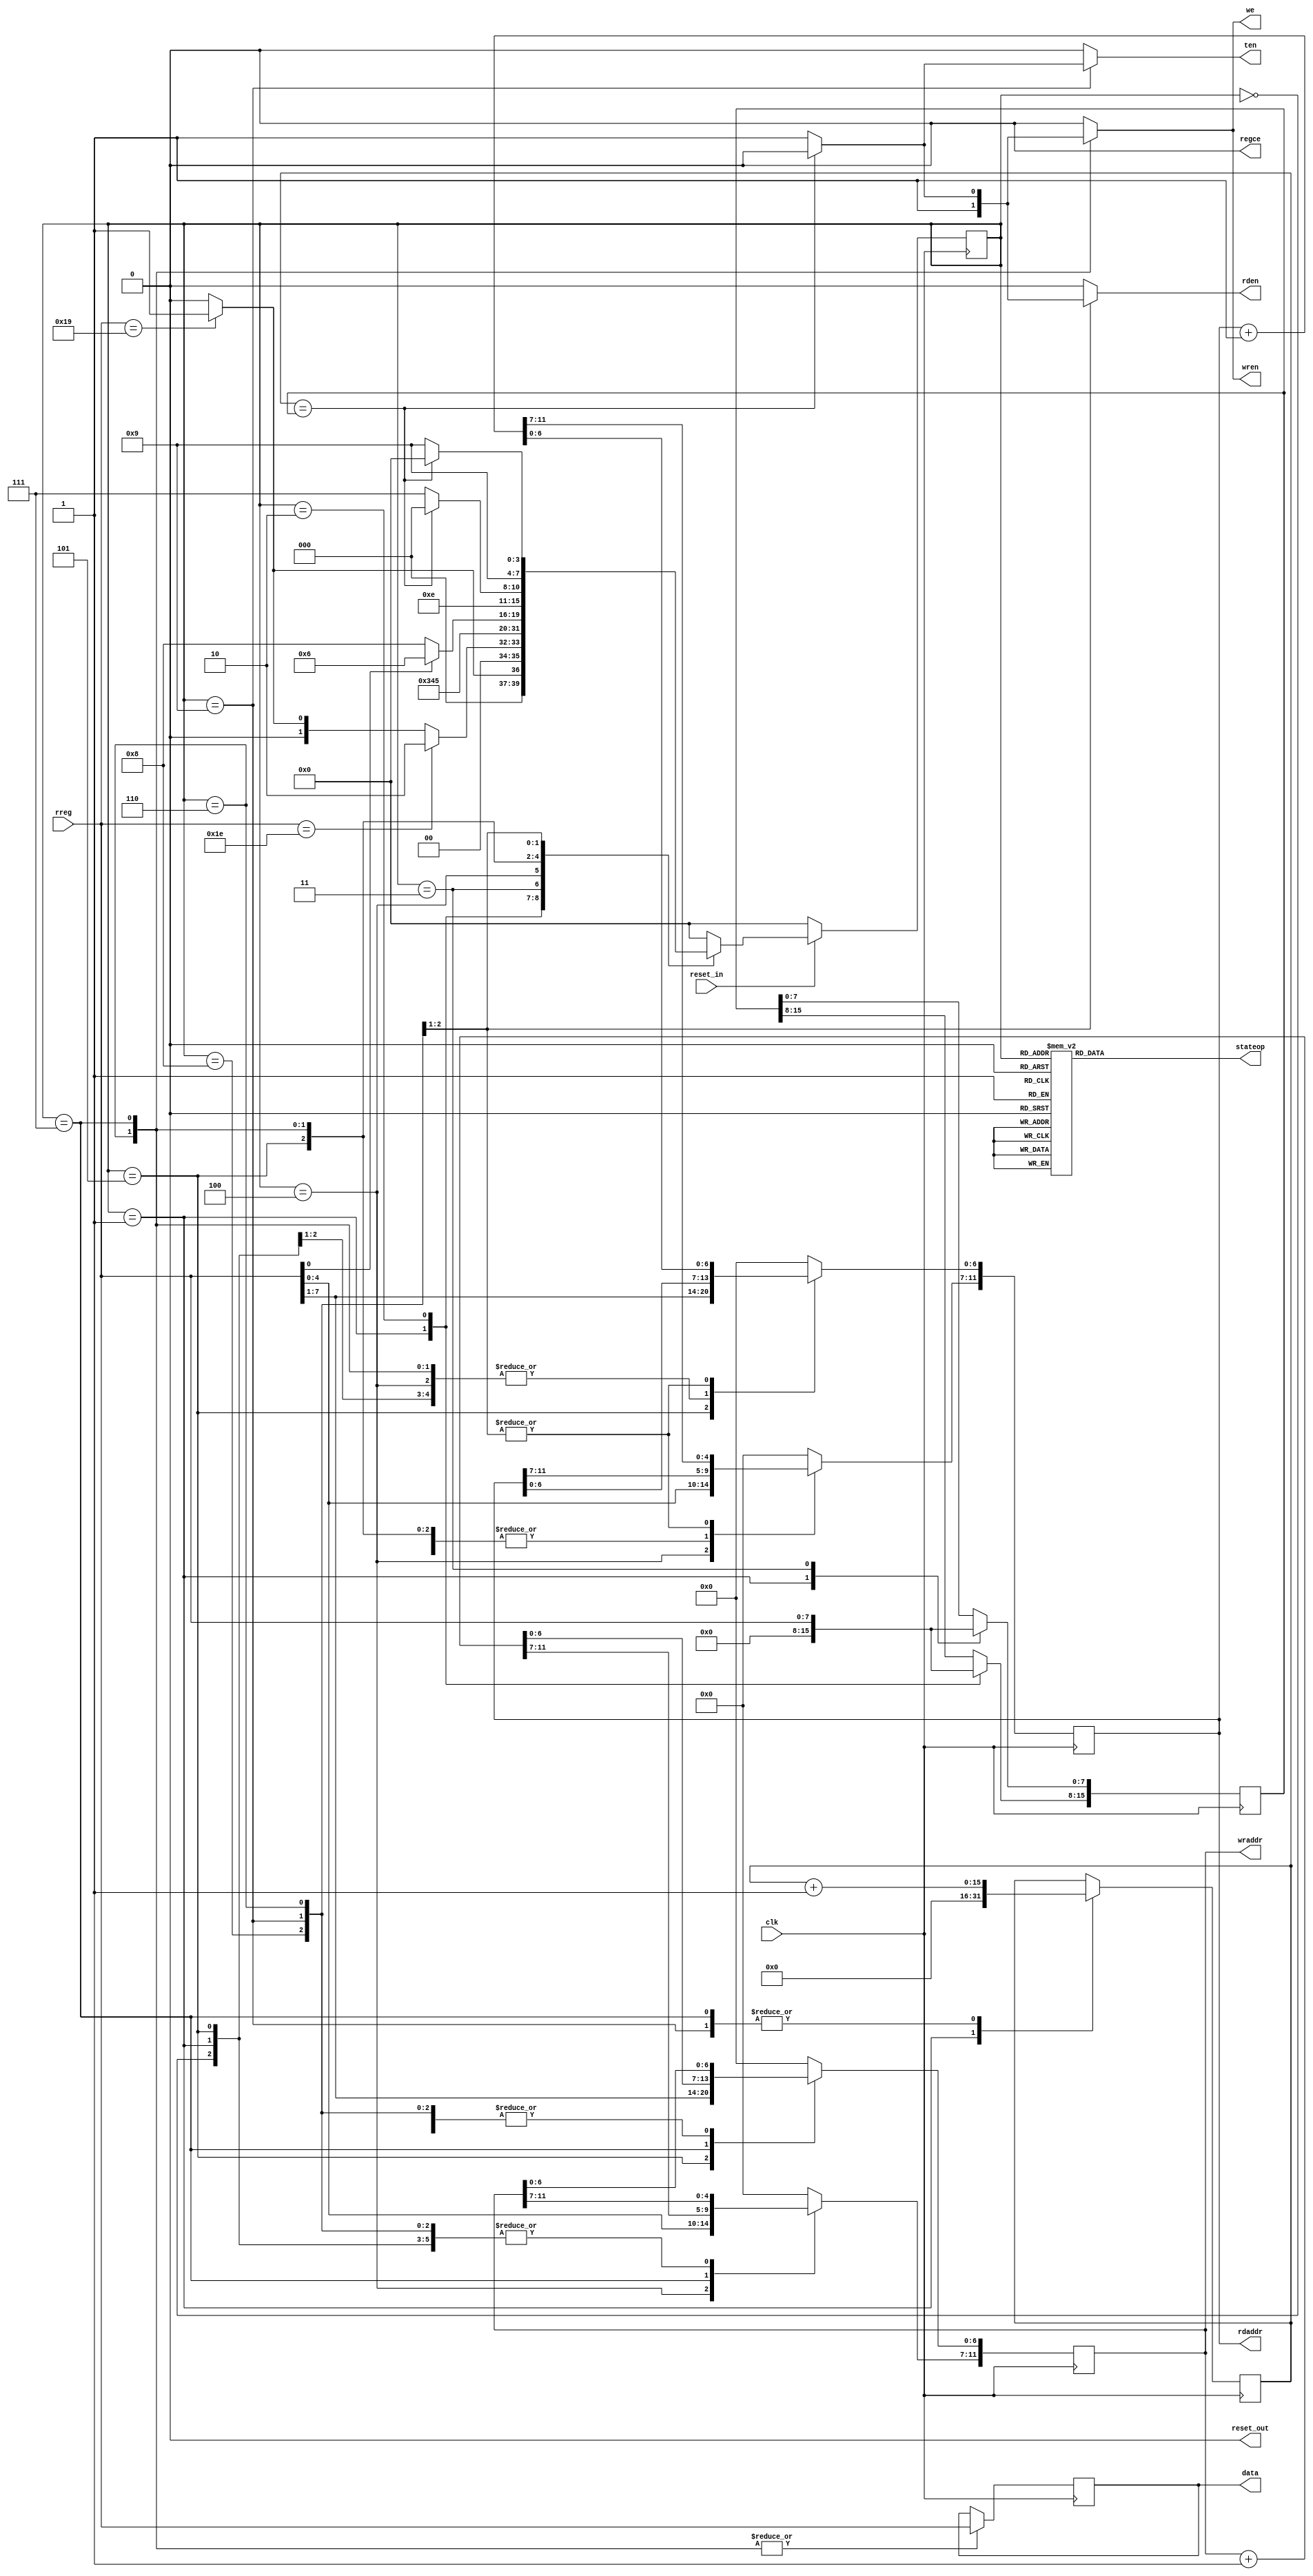
`timescale 1ns / 1ps


module FSM(
    input clk,
    input [7:0] rreg,
    output reg [11:0] rdaddr,
    output reg [11:0] wraddr,
    output reg [7:0] data,
    output reg we,wren,rden,regce,
    output reg reset_out,
    input reset_in,
    output reg [3:0] stateop,
    output reg ten
    );
    reg [3:0] next_state;
    reg [3:0] state;
    reg [15:0] count;
    reg [15:0] current_count;
    reg [7:0] temp_data;
    reg [11:0] address = 10'h00;
   
    parameter Start_Byte1 = 8'h19;
    parameter Start_Byte2 = 8'h1e;
    parameter Stop_Byte = 8'h1c;
   
    parameter st0 = 4'b0000;
    parameter st1 = 4'b0001;
    parameter st2 = 4'b0010;
    parameter st3 = 4'b0011;
    parameter st4 = 4'b0100;
    parameter st5 = 4'b0101;
    parameter st6 = 4'b0110;
    parameter st7 = 4'b0111;
    parameter st8 = 4'b1000; 
    parameter st9 = 4'b1001; 
    parameter st10 = 4'b1010;
    parameter st11 = 4'b1011;
    parameter st12 = 4'b1100;
        
    initial
    begin
       state <= 4'b0000;
       next_state <= 4'b0000;
        reset_out <= 1'b0;
        regce <= 1'b0;
        rdaddr <= 8'h01;
        data<=8'h0;
        temp_data<=0;
        wraddr <= 0;
       // en = 1'b1;
    end
   
    always @(negedge clk)   //always loop to change state
    begin
        if(!reset_in)
        state = st0;
        else
        state = next_state;
     end
     
     always @ (state)   //always loop to compute output
     begin 
     //state<=st0;
     case(state)
        st0: begin
                stateop <= 4'hf; 
               
        end
        st1: begin
                stateop <= 4'h1;   
               
              end
        st2: begin
                stateop <= 4'h2;
                
             end
        st3: begin
                stateop<= 4'h3;
               
            end
        st4:begin
                stateop <= 4'h4;
               
            end
        st5:begin
             
                stateop <= 4'h5; 
          
                
             end
        st6:begin
                stateop <= 4'h6;
              
                
            end
        
        st7:begin 
                stateop<= 4'h7;
                
         end
         
         st8: begin
         stateop<=4'h8;
         end
         st9: begin
         stateop<=4'h9;
         end
         st10: begin
         stateop<=4'hA;
         end
         st11:begin
         stateop<=4'hb;
         end
         st12: begin
         stateop <= 4'hc;
         end
        default:begin
                //rdaddr<=8'h01;
               // we<=0;
                //wren<=0;
               
                stateop<=0;
               // rden <= 1;
               // wraddr <= 0;
               // data = 0;
            end

      endcase
end

   
   
   
    always @ (state or rreg or current_count or count)   //always loop to compute next state
     begin
     next_state <= st0;
     case(state)
         st0:
         begin
            if(rreg == Start_Byte1)
            begin
                next_state  <= st1;
                rden<=0;
                ten<=0;
                we<=0;
                wren<=0;
              //  wraddr<=0;
            end
            else
            begin
                next_state  <= st0;
                rden<=0;
                ten<=0;
                we<=0;
                wren<=0;
                //wraddr<=0;
            end
         end
         
         st1:
         begin
            if(rreg == Start_Byte2)
            begin
            
                 next_state  <= st2;
                 rden<=0;
                 ten<=0;
                 we<=0;
                 wren<=0;
                //wraddr<=0;
            end     
            else if(rreg == Start_Byte1)
            begin
                 next_state  <= st1;
                 rden<=0;
                 ten<=0;
                 we<=0;
                 wren<=0;
               //  wraddr<=0;
            end
            else 
            begin
                 next_state <= st0;
                 rden<=0;
                 ten<=0;
                 we<=0;
                 wren<=0;
             end
          end
          
           st2:begin 
             next_state<=st3;
             rden<=0;
             ten<=0;
             we<=0;
             wren<=0;
           end  
           
           st3:begin
             next_state<=st4;
             rden<=0;
             ten<=0;
             we<=0;
             wren<=0;
           end  
          st4:                   
          begin 
                  next_state <= st5;
                  rden<=0;
                  ten<=0;
                  we<=0;
                  wren<=0;
          end

         st5:
         begin
            if(rreg[0] == 1)
            begin
                next_state <= st6;//wraddr<=1;
                rden<=0;
                ten<=0;
                we<=0;
                wren<=0;
            end
          else if  (rreg[0] == 0)
          begin
            next_state <= st8;
            rden<=0;
            ten<=0;
            we<=0;
            wren<=0;
          end
          else 
          begin 
            next_state<=st0;
            rden<=0;
            ten<=0;
            we<=0;
            wren<=0;
          end
         end

         st6:
         begin
            next_state <= st7;
            we<=1;
            wren<=1;
            rden<=0;
            ten<=0;
         end
         st7: 
         begin
            if(current_count == count)
            begin
                next_state <= st0;
                we<=0;
                wren<=0;
                rden<=0;
                ten<=0;
           end
           else
           begin
                next_state <= st7;
                we<=1;
                wren<=1;
                rden<=0;
                ten<=0;
           end
         end
         st8:
         begin 
            next_state <= st9;
            we<=0;  
            wren<=0;
            rden<=1;
            ten<=0; 
         end

          st9: 
          begin
          if(current_count==count)
          begin
                rden<=0;
                ten<=0;
                 we<=0;
               wren<=0;
                next_state<=st0;
          end
          else
                begin
                next_state<=st9;
                rden<=1;
                ten<=1;
                 we<=0;
               wren<=0;
                end
          end
         default: 
         begin
           next_state <= st0;
           we<=0;
           wren<=0;
           ten<=0;
           rden<=0;
           //wraddr<=0;
         end        
     endcase

     
    end

always @ (posedge clk)
begin
case(state)
         st0:
         begin 
         end
         
         st1:
         begin
            count <= 0;
            current_count <= 0;
         end
         st2:
          begin
          count[15:8]<=rreg;
          
          wraddr <=0;
          rdaddr<=0;
          end
          
       
          st3:
          begin
           count[7:0] <= rreg;    
            wraddr <=0;
            rdaddr<=0;     
          end 
                  
          st4: 
                   
            begin
              wraddr[11:7] <= rreg[4:0];
              rdaddr[11:7] <= rreg[4:0];
              
           end
         st5:
         begin
           wraddr[6:0]<=rreg[7:1];
           rdaddr[6:0]<=rreg[7:1];
           
          end
          
                st6:
                 begin
                 data <= rreg;
                 end
                 
              
                 st7:
                 begin
                   data <= rreg;
                   wraddr <= wraddr + 1; 
                   current_count <= current_count + 1;       
                 end
                 
                 st8:
                 begin
                 rdaddr <= rdaddr + 1;
                 end
                           

         st9:
         begin
         rdaddr <= rdaddr + 1;
         current_count <= current_count + 1;
         end
         
         default: 
         begin
           wraddr<=0;
           rdaddr<=0;
         end        
     endcase
end
endmodule